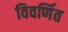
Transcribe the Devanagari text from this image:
विवर्णित